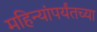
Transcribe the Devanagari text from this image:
महिन्यांपर्यंतच्या